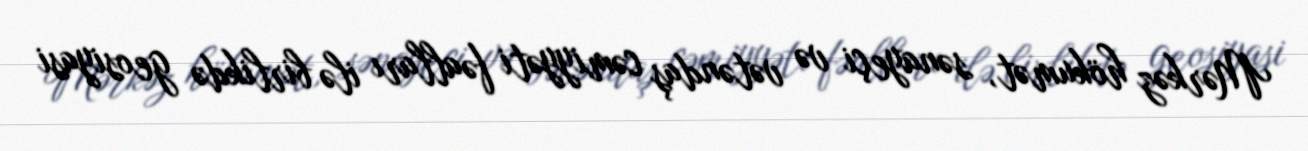
Mərkəz hökumət, sənayeçi və vətəndaş cəmiyyəti fəalları ilə birlikdə geosiyasi